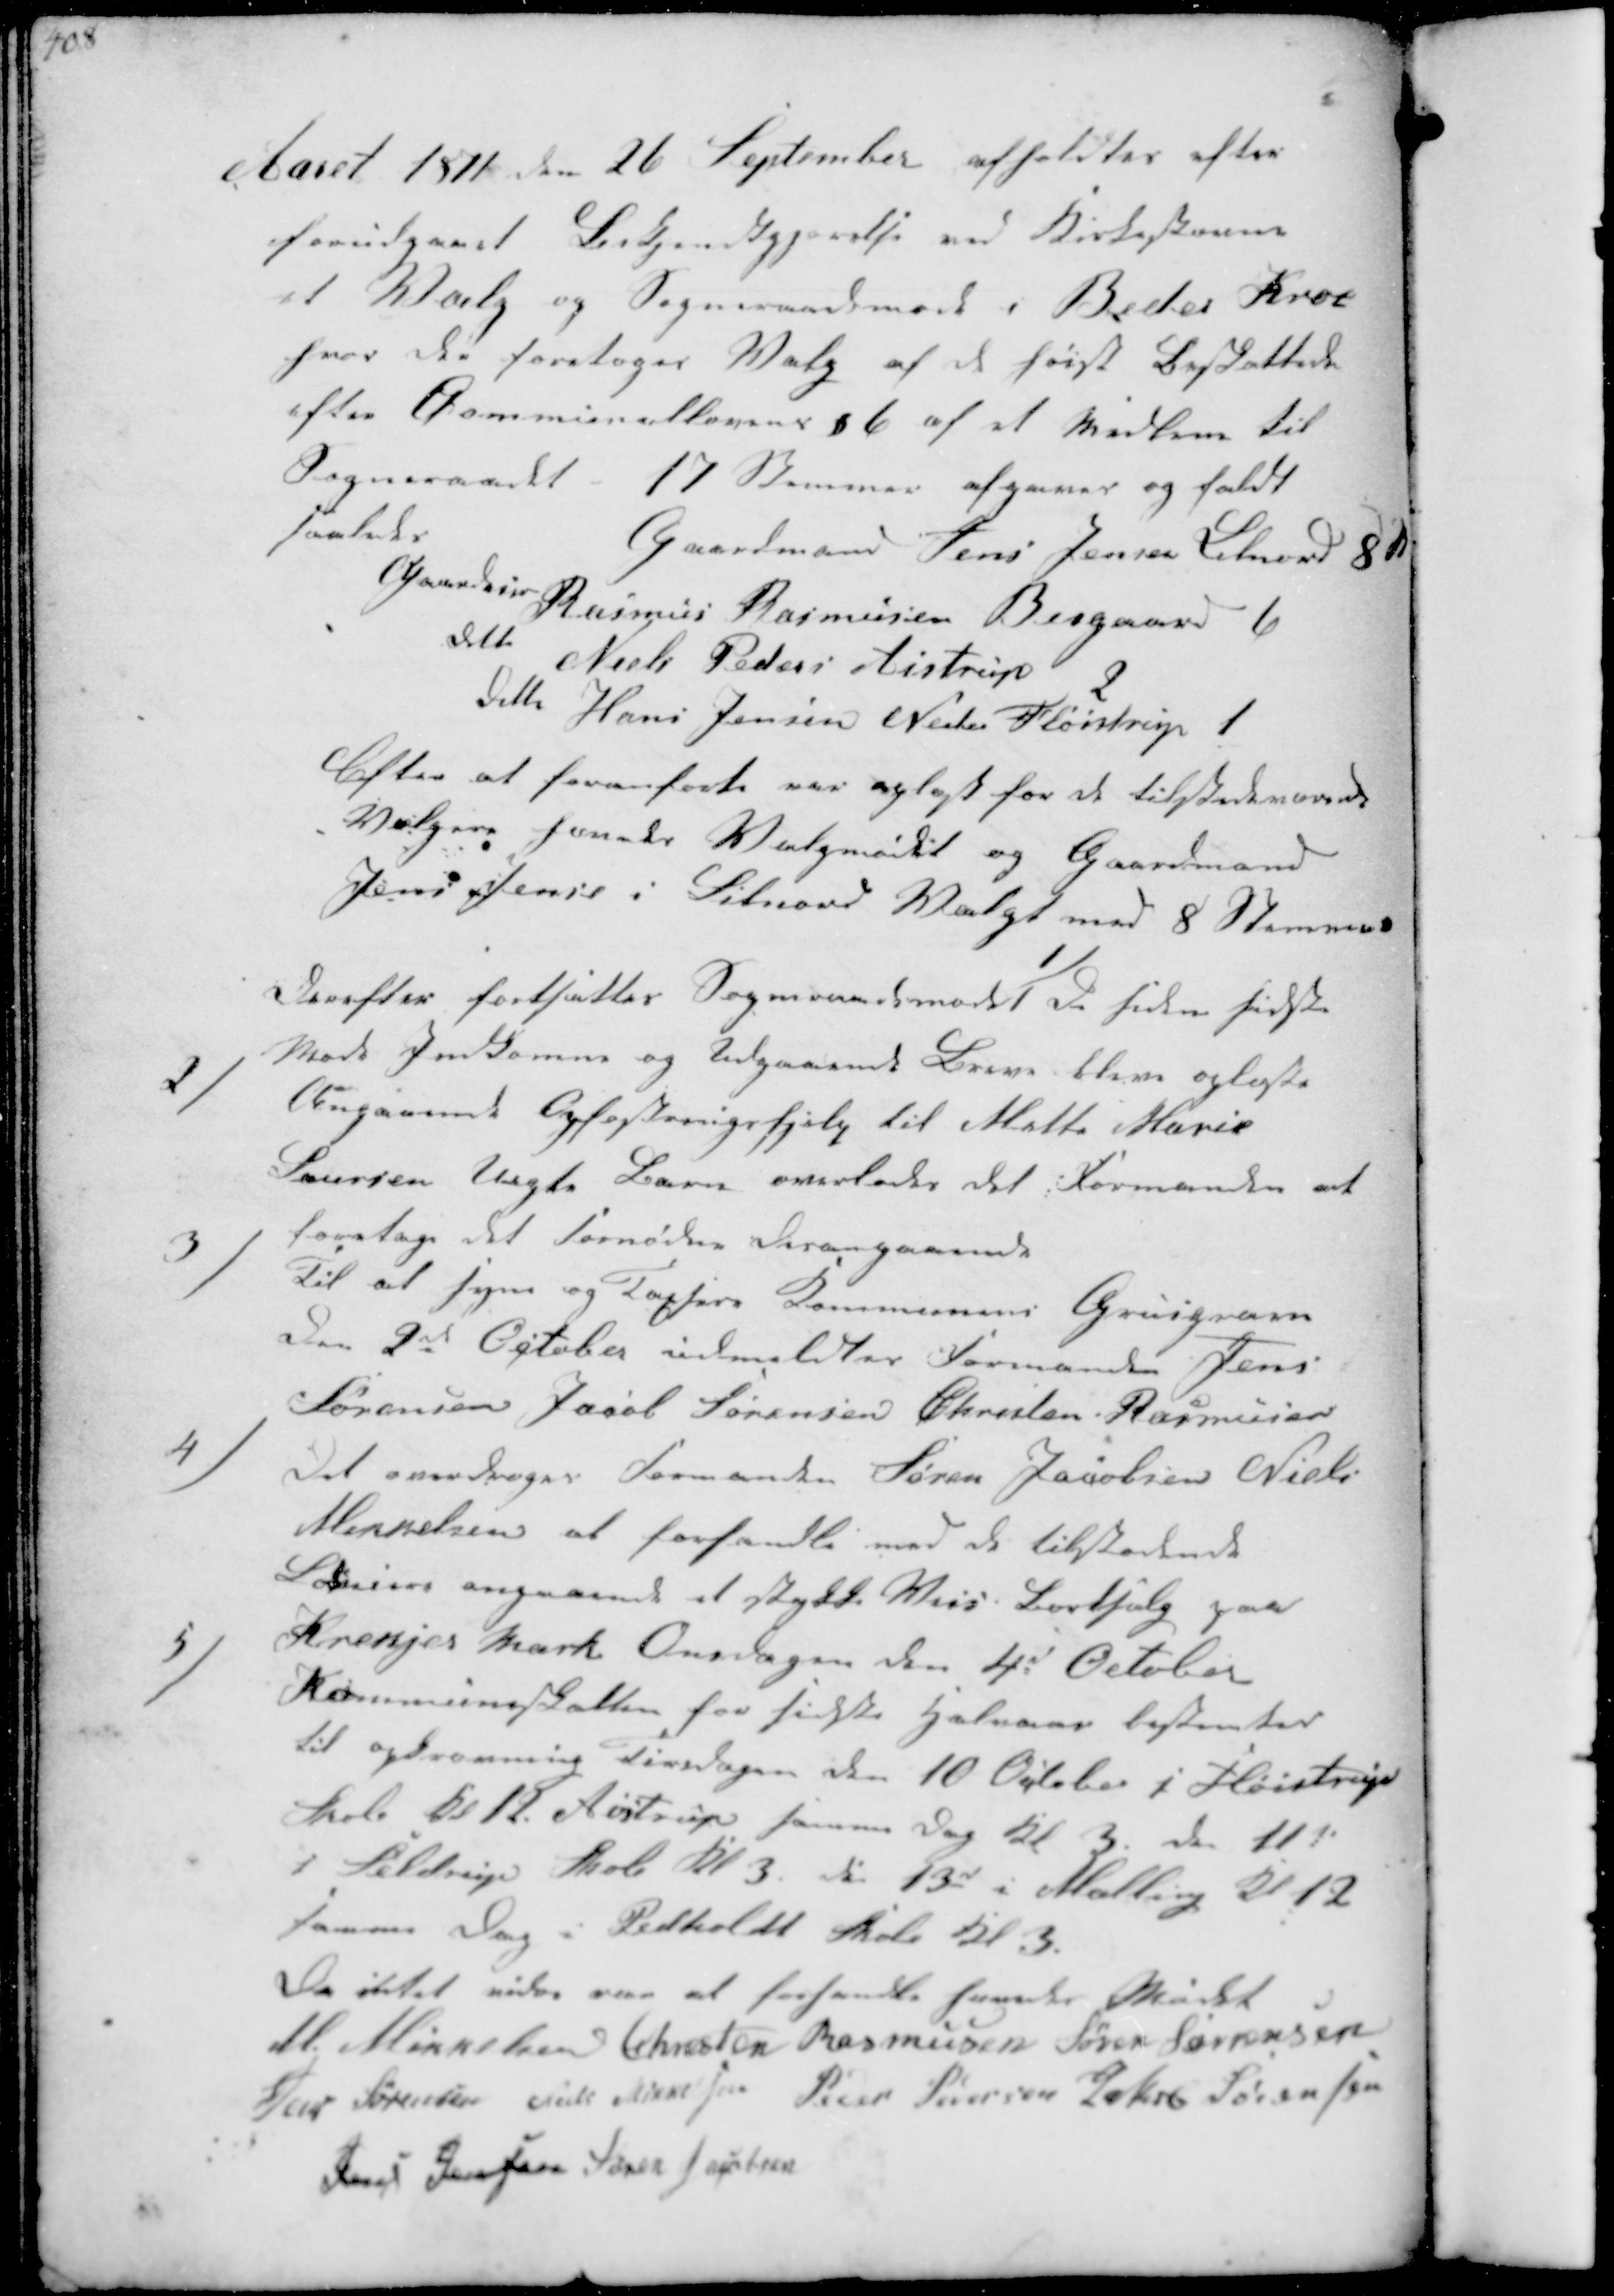
Transskription:
Aaret 1871 den 26 September afholdtes efter
forudgaaet Bekjendtgjørelse ved Kirkestævne
et Valg og Sogneraadsmøde i Beder Kro
hvor der foretoges Valg af de høist beskattede
efter Kommunallovens § 6 af et Medlem til
Sogneraadet 17 Stemmer afgaves og faldt
saaledes
Gaardmand Jens Jensen Lilnord 8 St
Gaardeir Rasmus Rasmussen Bisgaard 6
ditto Niels Peders Aistrup 2
ditto Hans Jensen Neder Fløjstrup 1
Efter at foranførte var oplyst for de tilstedeværende
Vælgere hævedes Valgmødet og Gaardmand
Jens Jensen i Lilnord Valgt med 8 Stemmer

Derefter fortsattes Sogneraadsmødet
1/
De siden sidste
Møde Indkomne og udgaaende Breve bleve oplæste

2/
Angaaende Opfostringshjælp til Mette Marie
Laursen Uægte Barn overlades det Formanden at

foretage det Fornødne Desangaaende
3/
Til at syne og Taxsere Kommunens Gruugrave
den 2de October udmeldtes Formanden Jens
Sørensen Jacob Sørensen Christen Rasmusen

4/
Det overdroges Formanden Søren Jacobsen Niels
Mikkelsen at forhandle med de tilstødende
Lodsejere angaaende et stykke Vejs Bortsalg paa

Krekjer Mark Onsdagen den 4d October
5/
Kammuneskatten for sidste Halvaar bestemtes
til opkrævning Tirsdagen den 10 October i Fløistrup
Skole Kl 12 Ajstrup samme Dag Kl 3. Der 11te
i Seldrup Skole Kl 3. den 13d i Malling Kl 12 
samme Dag i Pedholdt Skole Kl 3.
Da intet videre var at forhandle hævedes Mødet
M Mikkelsen Chresten Rasmusen Søren Sørensen
Jens Sørensen Niels Sørensen Peder Pedersen Jakob Sørensen
Jens Jensen Søren Jacobsen